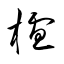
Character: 櫨